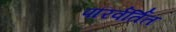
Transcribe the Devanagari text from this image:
परिर्वर्तित